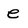
Character: e